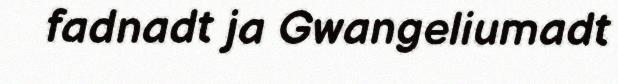
fadnadt ja Gwangeliumadt